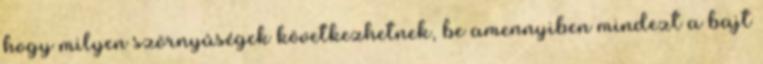
hogy milyen szörnyûségek következhetnek, be amennyiben mindezt a bajt